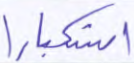
استكبارا